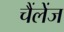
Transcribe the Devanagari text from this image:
चैंलेंज